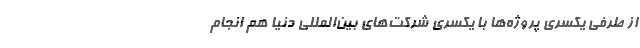
از طرفی یکسری پروژه‌ها با یکسری شرکت‌های بین‌المللی دنیا هم انجام